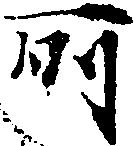
所